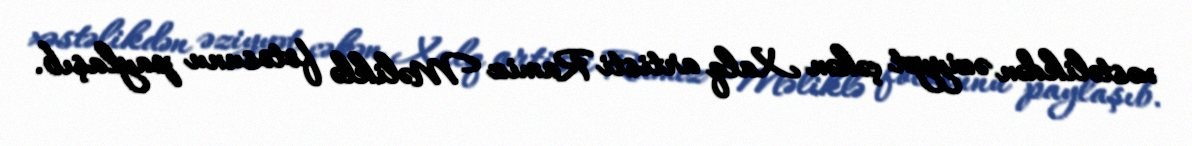
xəstəlikdən əziyyət çəkən Xalq artisti Ramiz Məliklə fotosunu paylaşıb.